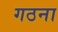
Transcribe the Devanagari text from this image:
गठना